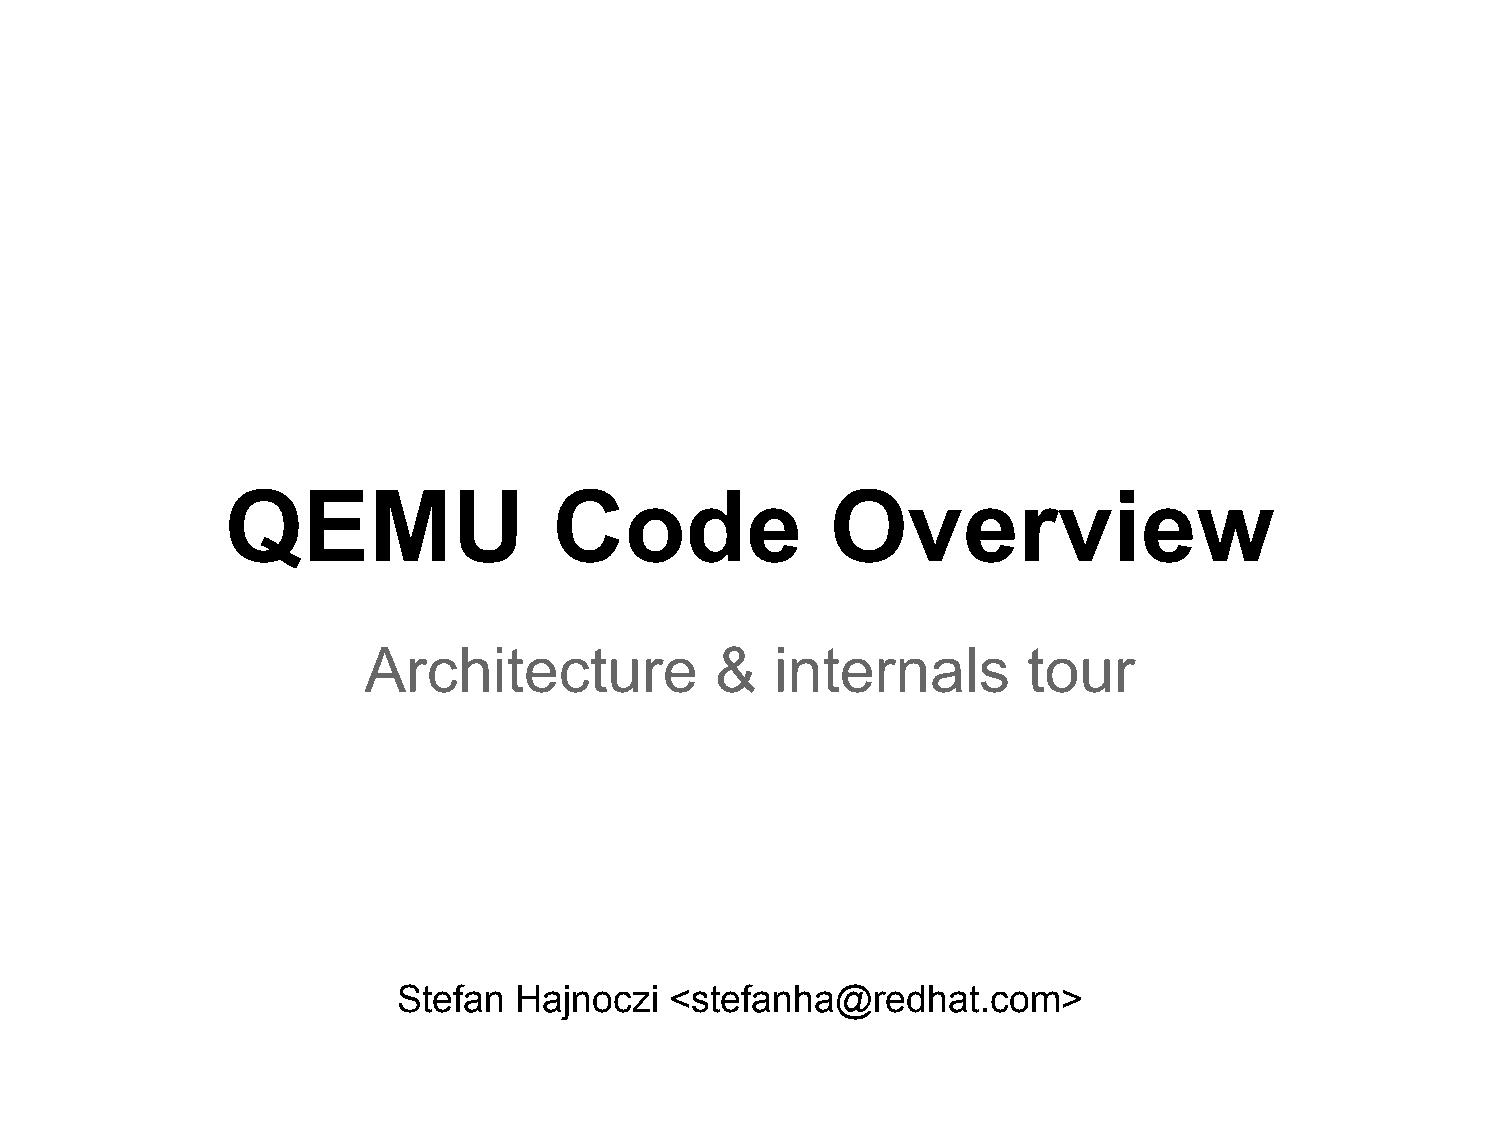
QEMU                  Code              Overview
 Architecture           &   internals        tour
 Stefan  Hajnoczi  <stefanha@redhat.com>